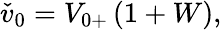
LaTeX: \begin{array}{r}{\check{v}_{0}={V}_{0+}\left(1+W\right),}\end{array}